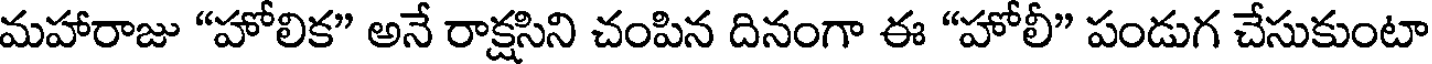
మహారాజు "హోలిక" అనే రాక్షసిని చంపిన దినంగా ఈ "హోలీ" పండుగ చేసుకుంటా